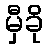
မှီခို